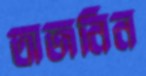
তাজনিন